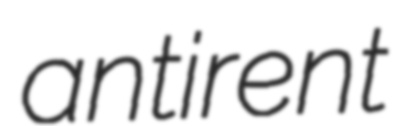
antirent